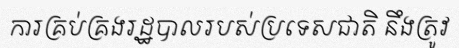
ការគ្រប់គ្រងរដ្ឋបាលរបស់ប្រទេសជាតិ នឹងត្រូវ